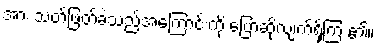
အား သတ်ဖြတ်ခဲ့သည့်အကြောင်းကို ပြောဆိုလျက်ရှိကြ ၏။